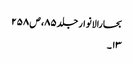
بحارالانوار جلد ۸۵، ص ۲۵۸
۱۳۔